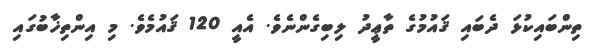
ތިންބައިކުޅަ ދެބައި ޤައުމުގެ ތާޢީދު ލިބިގެންނެވެ. އެއީ 120 ޤައުމެވެ. މި އިންތިޚާބުގައި